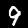
Label: 9